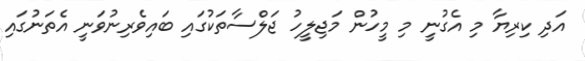
އަދި ކިރިޔާ މި އެގުނީ މި މީހުން މަޖިލީހު ޖަލްސާތަކުގައި ބައިވެރިނުވަނީ އެތަނުގައި